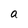
Character: a